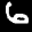
Label: 6